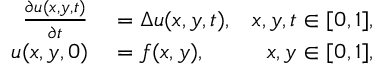
\begin{array} { r l r } { \frac { \partial u ( x , y , t ) } { \partial t } } & { { } = \Delta u ( x , y , t ) , } & { x , y , t \in [ 0 , 1 ] , } \\ { u ( x , y , 0 ) } & { { } = f ( x , y ) , } & { x , y \in [ 0 , 1 ] , } \end{array}